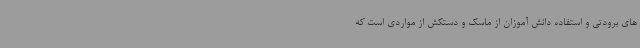
های برودتی و استفاده دانش آموزان از ماسک و دستکش از مواردی است که